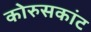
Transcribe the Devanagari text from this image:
कोरुसकांट